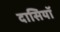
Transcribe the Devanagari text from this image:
दासियॉ